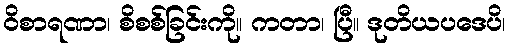
ဝိစာရဏာ၊ စိစစ်ခြင်းကို။ ကတာ၊ ပြီ။ ဒုတိယပဒေပိ၊